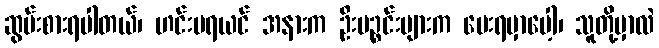
ဆွမ်းစားရပါတယ်၊ ဟင်းမရယင် အနားက ဦးပဉ္စင်းများက ပေးရမှာပေါ့၊ သူတို့မှာလဲ